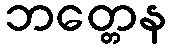
ဘတ္တေန